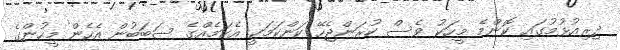
ދިރިއުޅުމުގައި ކޮންމެ މީހަކު ވެސް ކުރަންޖެހޭ ކަންކަމަކީ އެކަމެއްގެ ސަބަބުން އެހެން މީހުންގެ